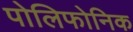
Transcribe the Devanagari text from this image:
पोलिफोनिक